Indian journal of veterinary science and animal husbandry - Volume 7,
Year: 1937
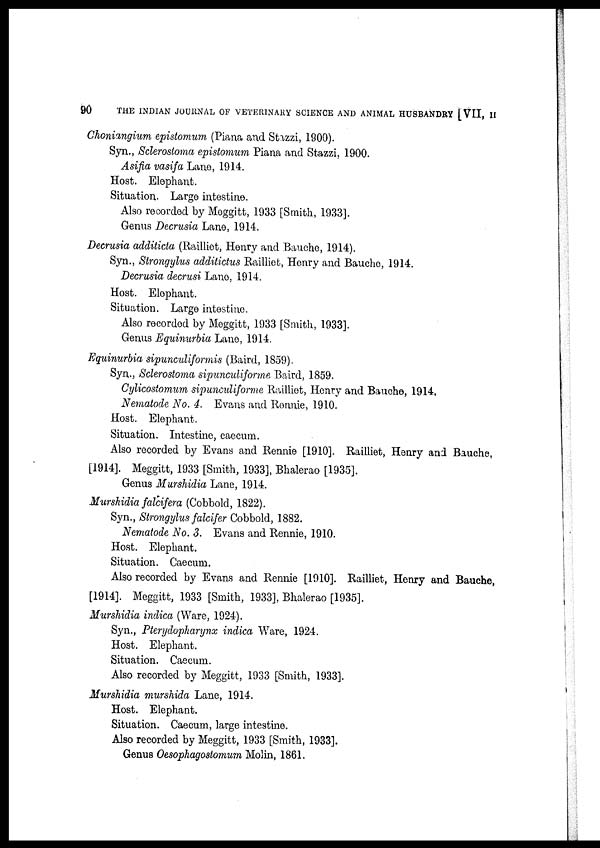
90
THE INDIAN JOURNAL OF VETERINARY SCIENCE AND ANIMAL HUSBANDRY [VII, II
Choniangium epistomum (Piana and Stazzi, 1900).
Syn., Sclerostoma epistomum Piana and Stazzi, 1900.
Asifia vasifa Lane, 1914.
Host. Elephant.
Situation. Large intestine.
Also recorded by Meggitt, 1933 [Smith, 1933].
Genus Decrusia Lane, 1914.
Decrusia additicta (Railliet, Henry and Bauche, 1914).
Syn., Strongylus additictus Railliet, Henry and Bauche, 1914.
Decrusia decrusi Lane, 1914.
Host. Elephant.
Situation. Large intestine.
Also recorded by Meggitt, 1933 [Smith, 1933].
Genus Equinurbia Lane, 1914.
Equinurbia sipunculiformis (Baird, 1859).
Syn., Sclerostoma sipunculiforme Baird, 1859.
Cylicostomum sipunculiforme Railliet, Henry and Bauche, 1914.
Nematode No. 4. Evans and Ronnie, 1910.
Host. Elephant.
Situation. Intestine, caecum.
Also recorded by Evans and Rennie [1910]. Railliet, Henry and Bauche,
[1914]. Meggitt, 1933 [Smith, 1933], Bhalerao [1935].
Genus Murshidia Lane, 1914.
Murshidia falcifera (Cobbold, 1822).
Syn., Strongylus falcifer Cobbold, 1882.
Nematode No. 3. Evans and Rennie, 1910.
Host. Elephant.
Situation. Caecum.
Also recorded by Evans and Rennie [1910]. Railliet, Henry and Bauche,
[1914]. Meggitt, 1933 [Smith, 1933], Bhalerao [1935].
Murshidia indica (Ware, 1924).
Syn., Pterydopharynx indica Ware, 1924.
Host. Elephant.
Situation. Caecum.
Also recorded by Meggitt, 1933 [Smith, 1933].
Murshidia murshida Lane, 1914.
Host. Elephant.
Situation. Caecum, large intestine.
Also recorded by Meggitt, 1933 [Smith, 1933].
Genus Oesophagostomum Molin, 1861.